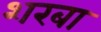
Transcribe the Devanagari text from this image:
शरबा